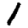
Digit: 1